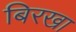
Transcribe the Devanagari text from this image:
बिरखा